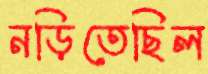
নড়িতেছিল